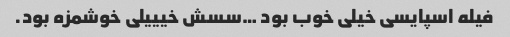
فیله اسپایسی خیلی خوب بود …سسش خیییلی خوشمزه بود.